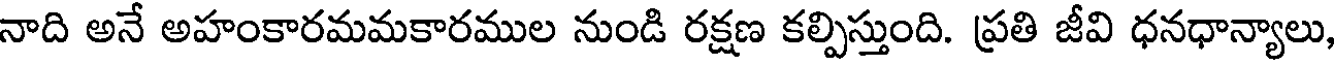
నాది అనే అహంకారమమకారముల నుండి రక్షణ కల్పిస్తుంది. ప్రతి జీవి ధనధాన్యాలు,